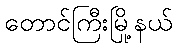
တောင်ကြီးမြို့နယ်